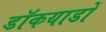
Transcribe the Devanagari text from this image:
डॉकयाडों